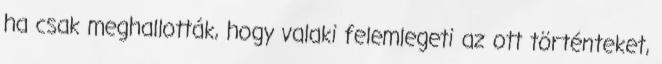
ha csak meghallották, hogy valaki felemlegeti az ott történteket,